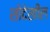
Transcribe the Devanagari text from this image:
शोदेखील